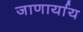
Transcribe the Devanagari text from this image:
जाणार्याय